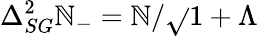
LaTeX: \Delta_{SG}^{2}\mathbb{N}_{-}=\mathbb{N}/\sqrt{}{{1+\Lambda}}